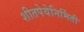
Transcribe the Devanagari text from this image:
शीतपेयेनिर्मिती